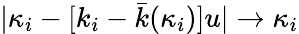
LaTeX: |\kappa_{i}-[k_{i}-\bar{k}(\kappa_{i})]u|\rightarrow\kappa_{i}